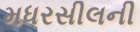
મધરસીલની